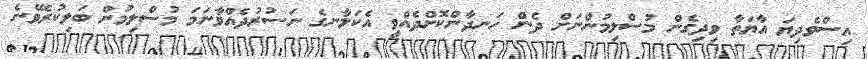
އިސްވެދިޔަ އާޔަތާ ވިދިގެން މުސްލިމުންނަށް ދެން ހަނދާންކޮށްދެއްވީ އެކަލާނގެ ނަސުރުދެއްވާނަމަ މުސްލިމުން ބަލިކުރެވޭނެ